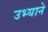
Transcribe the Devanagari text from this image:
उभ्याने